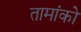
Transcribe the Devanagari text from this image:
तामांको